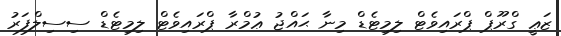
ޒަޢީ ގްރޫޕް ޕްރައިވެޓް ލިމިޓެޑް މިނާ ޙައްޖު ޢުމްރާ ޕްރައިވެޓް ލިމިޓެޑް ސިސިލްފަރު